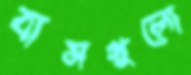
বাসগুলো